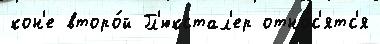
кон'е второ́й Гл'юкстал'ер отно́с'ятс'я